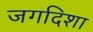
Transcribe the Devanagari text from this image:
जगदिशा